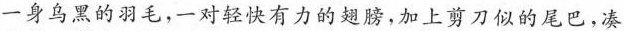
一身乌黑的羽毛，一对轻快有力的翅膀，加上剪刀似的尾巴，凑